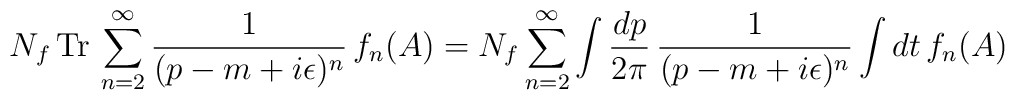
N_f\,{\rm Tr}\,\sum_{n=2}^\infty\frac{1}{(p-m+i\epsilon)^n}\,f_n(A)=N_f\sum_{n=2}^\infty\int\frac{dp}{2\pi}\,\frac{1}{(p-m+i\epsilon)^n}\int dt\,f_n(A)